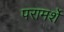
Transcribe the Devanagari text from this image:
परामर्शे